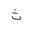
Letter: _tha